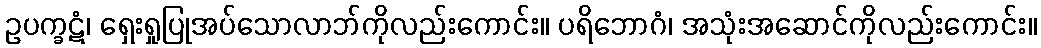
ဥပက္ခဋံ၊ ရှေးရှုပြုအပ်သောလာဘ်ကိုလည်းကောင်း။ ပရိဘောဂံ၊ အသုံးအဆောင်ကိုလည်းကောင်း။